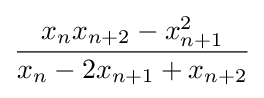
{\frac {x_{n}x_{n+2}-x_{n+1}^{2}}{x_{n}-2x_{n+1}+x_{n+2}}}